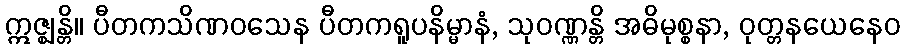
ဣဇ္ဈန္တိ။ ပီတကသိဏဝသေန ပီတကရူပနိမ္မာနံ, သုဝဏ္ဏန္တိ အဓိမုစ္စနာ, ဝုတ္တနယေနေဝ